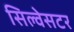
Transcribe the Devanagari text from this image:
सिल्वेसटर